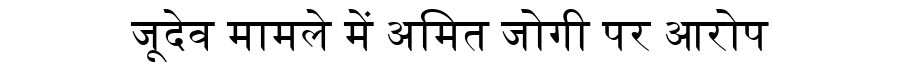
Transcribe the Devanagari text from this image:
जूदेव मामले में अमित जोगी पर आरोप